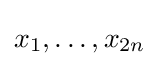
x_{1},\ldots ,x_{2n}